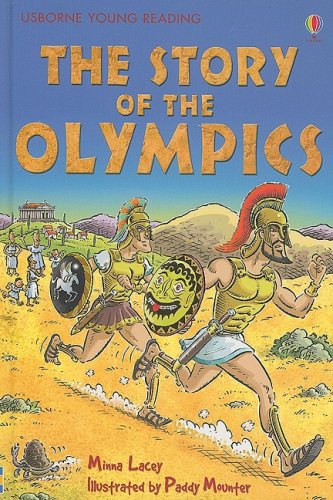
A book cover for The Story of the Olympics (Usborne Young Reading: Series Two); Minna Lacey; Children's Books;